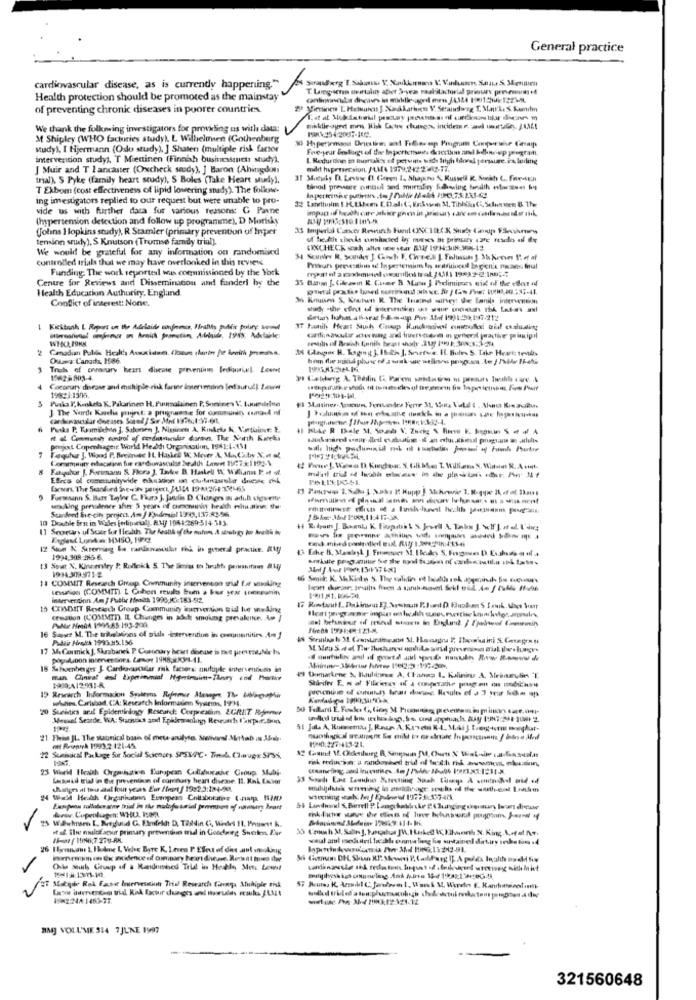
General practice
cardiovascular disease, as is currently happening."
T. Langsenn mertalın ather 3-year realitactorlad priouwy prevention
Health protection should be promoted as the mainstay
of preventing chronic diseases in poorer countries
We thank the folkning investigators for providing us with data:
M Shipley (WHO factories study). L Wilhelmsen (Gothenburg
study), I Hjermann (Odo study). ] Shaten (multiple risk factor
Fre-year Umslugs of thee In perictisiste dusectam and kdbnwp program
intervention study), T Miettinen (Finch businessunet study).
I Redurdon in Binnakor eff petwitts wusd Brigh (forel porque. ex loding
J Muir and T lancaster (Oxcheck sesdy), ] Baron (Abingdon
mdd hypersession. /LMA 1379,242232-77.
trial), S Pyke (family heart study), S Boles (Take Heart study),
T Ekbom (cost effectiveness of lipid lowering study). The folkswe.
tinod prevee ontul and mortality Sdoing bandth fosse hy
ing imestigators replied to our request but were unable to pro-
vide us with further data for various reasons: G Panne
(hypertension detection and follow up programme), D Morisky
(Johns Hopkins study), R Stamler {primary prevention of Imper
33 Imperial Cutter Rewurch Fund OCHELX K Sus Cep FSehruns
tension study), S Knutson (Trumse family trial)
of hedele checks cumhudied in meses bi primary care rados of de
We would be grateful for any information on randomised
Controlled trials that we may have overlooked in this review
Funding. The work reportel wes commissioned by the York
Centre for Reviews and Dissemination and fanderl by the
35 Bam [. Cilzawin R. Caner B. Manw ]. Iclimivues sixt of the edout of
Health Education Authority, England
Conflict of interest: None,
1 Kestanh & Report on the Adelaide ofrece, Finally public policy sound
WP-DCLIONM
Ousa Canada, 1986.
Trek of enravary heart disease prevention ledaniel Lowmet
19625803-4.
4
Cocoruty disease and chichiple rik farine interventino led sunul]. Leww
Puila I,Keket K. Pakarinen H. Puumalainen P. Soninen V. Laumildse
J The Norde Kaselis ptujest: a programme for commune, comand of
Parks P. Tamiichto ], Saforsen ], Nissinen A, Kinkcks K, Varthint: 1.
pojxt Copenhagenr World Health Organisation, 1981:4-4\
Tequhur J. Wigod P. Becimake It, Haskel W. Meyer A, MaCalny X,et al.
Coramaury evacation fue cardiovascular bealds Lement 11/77:1 192-1.
8 Fatiguhor J. Fortsans & Flora ). Take B. Haskell IX: Willianas I: .. ..
...
Efres of communitywide education en clulenzuola drieste chk
Furmann S. Bute Taylor C. Fura J. jaulin D. Changes in adıh choseite
Stanford fre-city project. Am J Endemol 19:0,137.83-56
wen Aing prevalence afin 5 years of comomunin health relu atine: the
10 Double fra in Wiles Fortituctoll. AM/ 1941:269-514-313
1] Seorany of Scar for Hedus The Acalth of the mufon A strategy por Areti iv
12 Stom K Suremning La randanouk ri in general practice. Aug
1994,309-196-6.
13 Sout X, Kineentry P. Rollekk 5. The Sienia to hrukh porwanitam Ally
1914.309.971-2
11 COMMIT Research Group Community intervenuon trial for working
sessanion (COMMTI L Cuhon reulss bum a bur year stoneamint
intervention An f Futhe Heads 1990,10:183-92.
15 COMDITT Reseisch Group Community tuerversion wid lue www bing
creation (L'OMMITD) IL Changes in adet smoking prevakeine. Ao |
PMNe NeedA 1995,85:193-200.
16 Saus M. The trillatons of pish -intervention in cetuunnitirs. Am J
Pudeir Adestek 1995:15.156
17 MaCormick J. Skrabanek P. Coronary heart disease is not prevent.Ale Is
18 Schonberges J. Cardiovascular risk factors: mutiple intervention in
1908:412981-8
19 Research Informacion Spaltens Rafirmie Manage Th. ibipop
skien. Carlsbad, CA: Research Information Systems, 1934.
20 Suchtis aral Epidemiology Rescard: Corprescin EGRIT Renner
Meusel Sesrde, WA: Startics and Epidewraology Reseusch takpar.S.
21 Theiss JL. The suonical basis of meta-azulytes. Seharol Mertod ins Sele.
et ReupyA 1993.2.121-45
22 Sumisaical Package for Social Sciences SPSVOC- Tional Chups 5/35,
25 World Health Organisation European Collaborathe Group Mobi.
Laseid trial in the prevention of comfury heart disease. 11. Kak factor
changes at tou dal four years Eur / tront/ 19:2.3:184-90.
Well Health Organisation Eumpeso Collaborative (.nama IAM)
-
$Wawhnsen I. Reedund G. Eefekt D. Taahdin C, Wides 11. Pourt K.
Arow. Copenhagen: WHER, ISO9.
it al. The mulofacsur printary preventun trid in Goodarg Swerken. Eur
Amerikan Ck mtidence of ormoary heart dheune. Recent hned dwe
-
Osla Stuch Group of a Randomhed Trid in Hetle Mot Loent
Meile Rok Fase Iservessiun Total Research Conga Auhiple thA
BMJ VOLUME 514 7JUNE 1997
321560648